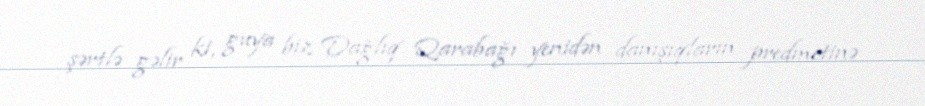
şərtlə gəlir ki, guya biz Dağlıq Qarabağı yenidən danışıqların predmetinə